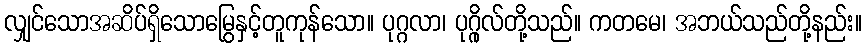
လျှင်သောအဆိပ်ရှိသောမြွေနှင့်တူကုန်သော။ ပုဂ္ဂလာ၊ ပုဂ္ဂိုလ်တို့သည်။ ကတမေ၊ အဘယ်သည်တို့နည်း။